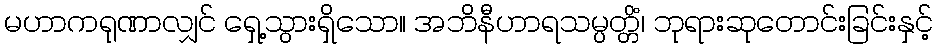
မဟာကရုဏာလျှင် ရှေ့သွားရှိသော။ အဘိနီဟာရသမ္ပတ္တိံ၊ ဘုရားဆုတောင်းခြင်းနှင့်